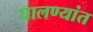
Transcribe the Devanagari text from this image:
घालण्यांत